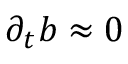
\partial _ { t } \boldsymbol { b } \approx 0